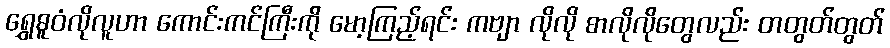
ရွှေဓူဝံလိုလူဟာ ကောင်းကင်ကြီးကို မော့ကြည့်ရင်း ကဗျာ လိုလို စာလိုလိုတွေလည်း တတွတ်တွတ်